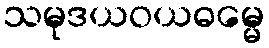
သမုဒယဝယဓမ္မေ